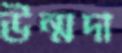
উন্মদা